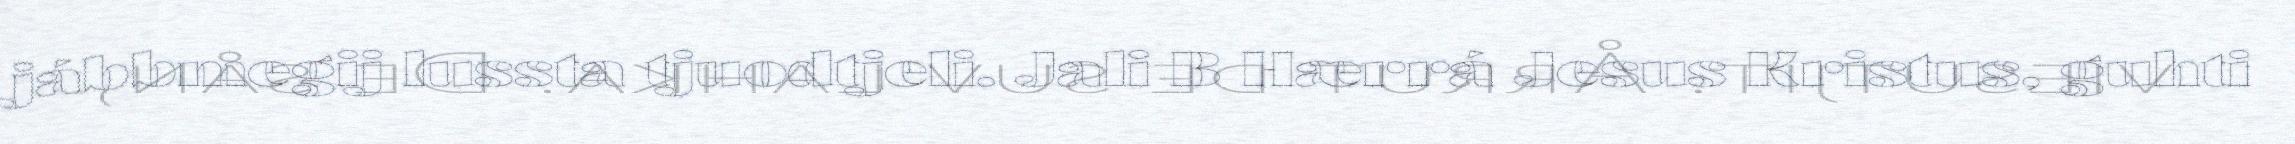
jábbmegij lussta tjuodtjeli. Jali B Hærrá Jesus Kristus, guhti